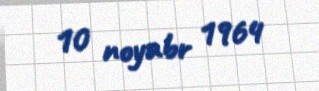
10 noyabr 1964